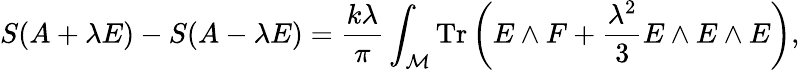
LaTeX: S(A+\lambda E)-S(A-\lambda E)={\frac{k\lambda}{\pi}}\int_{\cal M}\mathrm{Tr}\left(E\wedge F+{\frac{\lambda^{2}}{3}}E\wedge E\wedge E\right),